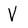
Character: V